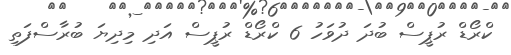
ކްރޯޑް ރުޕީސް ބުދަ ދުވަހު 6 ކްރޯޑް ރުޕީސް އަދި މިދިޔަ ބުރާސްފަތި